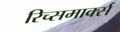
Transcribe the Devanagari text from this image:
रिच्समार्क्स